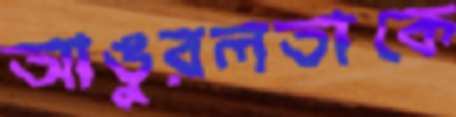
আঙুরলতাকে